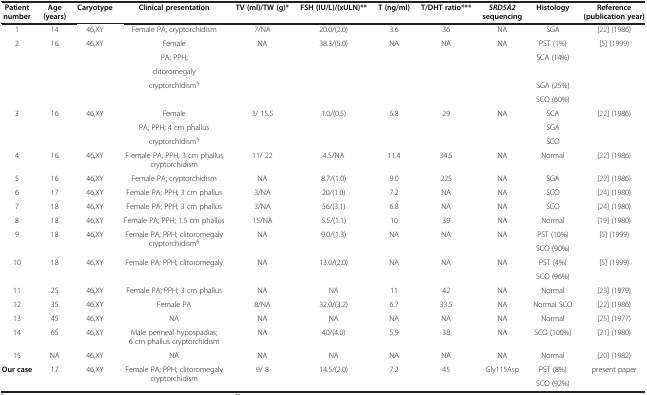
<table><thead><tr><td><b>Patient number</b></td><td><b>Age (years)</b></td><td><b>Caryotype</b></td><td><b>Clinical presentation</b></td><td><b>TV (ml)/TW (g)*</b></td><td><b>FSH (IU/L)/(xULN)**</b></td><td><b>T (ng/ml)</b></td><td><b>T/DHT ratio***</b></td><td><b><i>SRD5A2</i>sequencing</b></td><td><b>Histology</b></td><td><b>Reference (publication year)</b></td></tr></thead><tbody><tr><td>1</td><td>14</td><td>46,XY</td><td>Female PA; cryptorchidism</td><td>7/NA</td><td>20.0/(2.0)</td><td>3.6</td><td>36</td><td>NA</td><td>SGA</td><td>[22] (1986)</td></tr><tr><td>2</td><td>16</td><td>46,XY</td><td>Female</td><td>NA</td><td>38.3/(5.0)</td><td>NA</td><td>NA</td><td>NA</td><td>PST (1%)</td><td>[5] (1999)</td></tr><tr><td> </td><td> </td><td> </td><td> </td><td>PA; PPH;</td><td> </td><td> </td><td> </td><td> </td><td> </td><td>SCA (14%)</td><td> </td></tr><tr><td> </td><td> </td><td> </td><td>clitoromegaly</td><td> </td><td> </td><td> </td><td> </td><td> </td><td> </td><td> </td><td> </td></tr><tr><td> </td><td> </td><td> </td><td>cryptorchidism<sup>§</sup></td><td> </td><td> </td><td> </td><td> </td><td> </td><td>SGA (25%)</td><td> </td><td> </td></tr><tr><td> </td><td> </td><td> </td><td> </td><td> </td><td> </td><td> </td><td> </td><td> </td><td>SCO (60%)</td><td> </td><td> </td></tr><tr><td>3</td><td>16</td><td>46,XY</td><td>Female</td><td>3/ 15.5</td><td>1.0/(0.5)</td><td>5.8</td><td>29</td><td>NA</td><td>SCA</td><td>[22] (1986)</td><td> </td></tr><tr><td> </td><td> </td><td> </td><td>PA; PPH; 4 cm phallus</td><td> </td><td> </td><td> </td><td> </td><td> </td><td>SGA</td><td> </td><td> </td></tr><tr><td> </td><td> </td><td> </td><td>cryptorchidism<sup>§</sup></td><td> </td><td> </td><td> </td><td> </td><td> </td><td>SCO</td><td> </td><td> </td></tr><tr><td>4</td><td>16</td><td>46,XY</td><td>F emale PA; PPH; 3 cm phallus cryptorchidism</td><td>11/ 22</td><td>4.5/NA</td><td>11.4</td><td>34.5</td><td>NA</td><td>Normal</td><td>[22] (1986)</td><td> </td></tr><tr><td>5</td><td>16</td><td>46,XY</td><td>Female PA; cryptorchidism</td><td>NA</td><td>8.7/(1.0)</td><td>9.0</td><td>225</td><td>NA</td><td>SGA</td><td>[22] (1986)</td><td> </td></tr><tr><td>6</td><td>17</td><td>46,XY</td><td>Female PA; PPH; 3 cm phallus</td><td>3/NA</td><td>20/(1.0)</td><td>7.2</td><td>NA</td><td>NA</td><td>SCO</td><td>[24] (1980)</td><td> </td></tr><tr><td>7</td><td>18</td><td>46,XY</td><td>Female PA; PPH; 3 cm phallus</td><td>3/NA</td><td>56/(3.1)</td><td>6.8</td><td>NA</td><td>NA</td><td>SCO</td><td>[24] (1980)</td><td> </td></tr><tr><td>8</td><td>18</td><td>46,XY</td><td>Female PA; PPH; 1.5 cm phallus</td><td>15/NA</td><td>5.5/(1.1)</td><td>10</td><td>39</td><td>NA</td><td>Normal</td><td>[19] (1980)</td><td> </td></tr><tr><td>9</td><td>18</td><td>46,XY</td><td>Female PA; PPH; clitoromegaly cryptorchidism<sup>§</sup></td><td>NA</td><td>9.0/(1.3)</td><td>NA</td><td>NA</td><td>NA</td><td>PST (10%)</td><td>[5] (1999)</td><td> </td></tr><tr><td> </td><td> </td><td> </td><td> </td><td> </td><td> </td><td> </td><td> </td><td> </td><td>SCO (90%)</td><td> </td><td> </td></tr><tr><td>10</td><td>18</td><td>46,XY</td><td>Female PA; PPH; clitoromegaly</td><td>NA</td><td>13.0/(2.0)</td><td>NA</td><td>NA</td><td>NA</td><td>PST (4%)</td><td>[5] (1999)</td><td> </td></tr><tr><td> </td><td> </td><td> </td><td> </td><td> </td><td> </td><td> </td><td> </td><td> </td><td>SCO (96%)</td><td> </td><td> </td></tr><tr><td>11</td><td>25</td><td>46,XY</td><td>Female PA; PPH; 3 cm phallus</td><td>NA</td><td>NA</td><td>11</td><td>42</td><td>NA</td><td>Normal</td><td>[23] (1979)</td><td> </td></tr><tr><td>12</td><td>35</td><td>46,XY</td><td>Female PA</td><td>8/NA</td><td>32.0/(3.2)</td><td>6.7</td><td>33.5</td><td>NA</td><td>Normal SCO</td><td>[22] (1986)</td><td> </td></tr><tr><td>13</td><td>45</td><td>46,XY</td><td>NA</td><td>NA</td><td>NA</td><td>NA</td><td>NA</td><td>NA</td><td>Normal</td><td>[25] (1977)</td><td> </td></tr><tr><td>14</td><td>65</td><td>46,XY</td><td>Male perineal hypospadias; 6 cm phallus cryptorchidism</td><td>NA</td><td>40/(4.0)</td><td>5.9</td><td>38</td><td>NA</td><td>SCO (100%)</td><td>[21] (1980)</td><td> </td></tr><tr><td>15</td><td>NA</td><td>46,XY</td><td>NA</td><td>NA</td><td>NA</td><td>NA</td><td>NA</td><td>NA</td><td>Normal</td><td>[20] (1982)</td><td> </td></tr><tr><td><b>Our case</b></td><td>17</td><td>46,XY</td><td>Female PA; PPH; clitoromegaly cryptorchidism</td><td>9/ 8</td><td>14.5/(2.0)</td><td>7.2</td><td>45</td><td>Gly115Asp</td><td>PST (8%)</td><td>present paper</td><td> </td></tr><tr><td> </td><td> </td><td> </td><td> </td><td> </td><td> </td><td> </td><td> </td><td> </td><td>SCO (92%)</td><td> </td><td> </td></tr></tbody></table>